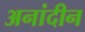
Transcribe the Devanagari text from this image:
अनांदीन